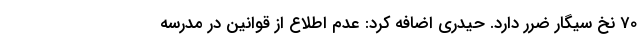
70 نخ سیگار ضرر دارد. حیدری اضافه کرد: عدم اطلاع از قوانین در مدرسه